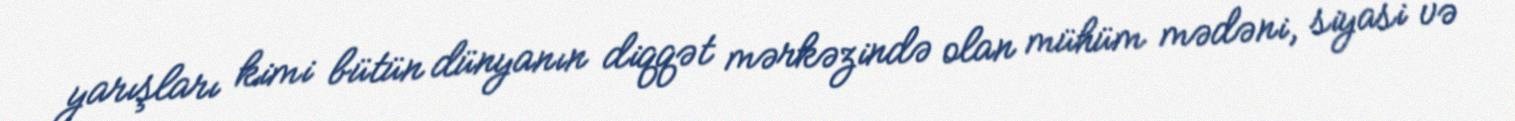
yarışları kimi bütün dünyanın diqqət mərkəzində olan mühüm mədəni, siyasi və